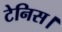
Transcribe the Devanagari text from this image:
टेनिस।